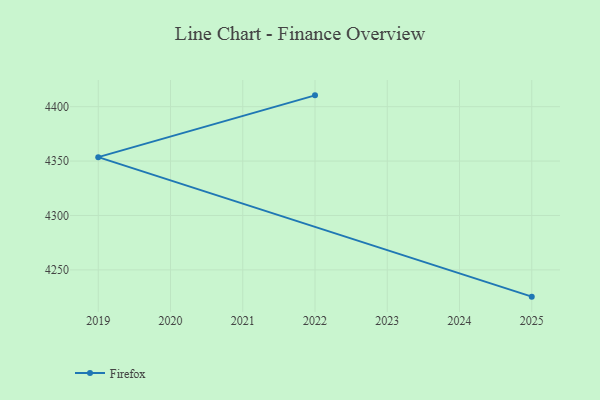
{"axis": {"x": "Year", "y": "Backlog"}, "legend": ["Firefox"], "data": [{"x": "2025", "y": 4225.4, "type": "Firefox"}, {"x": "2019", "y": 4353.6, "type": "Firefox"}, {"x": "2022", "y": 4410.4, "type": "Firefox"}]}